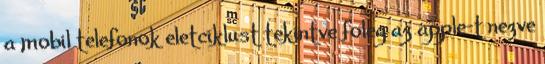
a mobil telefonok eletciklust tekintve foleg az apple-t nezve